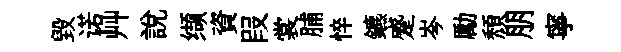
毁诺艸說缬資叚裳脯悴鑣蹙岑勵頽朋寧